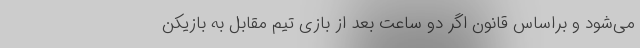
می‌شود و براساس قانون اگر دو ساعت بعد از بازی تیم مقابل به بازیکن